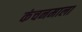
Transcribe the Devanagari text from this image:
कंचनमाला